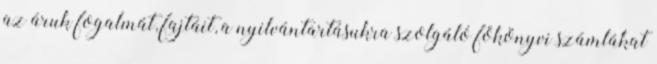
az áruk fogalmát, fajtáit, a nyilvántartásukra szolgáló főkönyvi számlákat